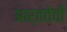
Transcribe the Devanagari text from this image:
आर्ततेची